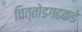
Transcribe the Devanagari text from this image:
चित्तोडगढकडे